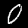
Label: 0